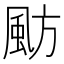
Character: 𩖫